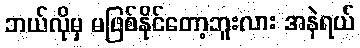
ဘယ်လိုမှ မဖြစ်နိုင်တော့ဘူးလား အနဲရယ်